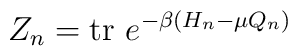
Z_{n} = {\rm tr}\ e^{-\beta(H_{n}-\mu Q_{n})}